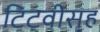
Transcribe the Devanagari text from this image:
टिटवीसह